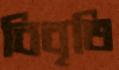
বিবৃতি